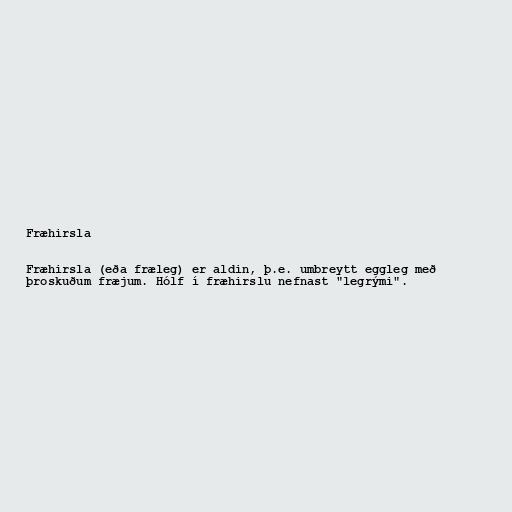
Fræhirsla

Fræhirsla (eða fræleg) er aldin, þ.e. umbreytt eggleg með
þroskuðum fræjum. Hólf í fræhirslu nefnast "legrými".